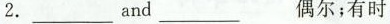
2.___ and ___ 偶尔；有时